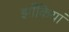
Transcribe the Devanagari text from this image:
झाँकियां